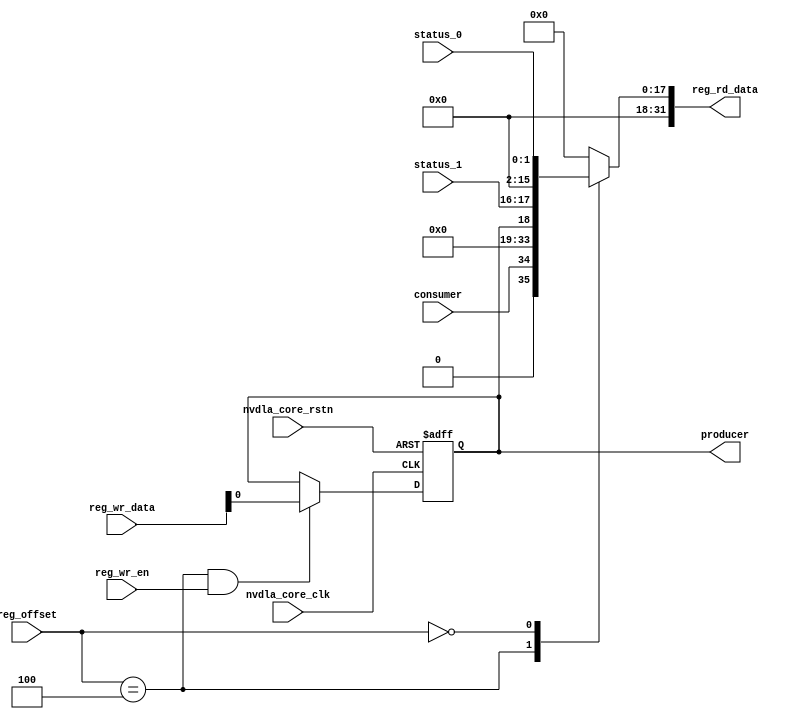
// ================================================================
// NVDLA Open Source Project
// 
// Copyright(c) 2016 - 2017 NVIDIA Corporation.  Licensed under the
// NVDLA Open Hardware License; Check "LICENSE" which comes with 
// this distribution for more information.
// ================================================================


module NV_NVDLA_PDP_RDMA_REG_single (
   reg_rd_data
  ,reg_offset
   // verilint 498 off
   // leda UNUSED_DEC off
  ,reg_wr_data
   // verilint 498 on
   // leda UNUSED_DEC on
  ,reg_wr_en
  ,nvdla_core_clk
  ,nvdla_core_rstn
  ,producer
  ,consumer
  ,status_0
  ,status_1
  );

wire   [31:0] nvdla_pdp_rdma_s_pointer_0_out;
wire   [31:0] nvdla_pdp_rdma_s_status_0_out;
wire   [11:0] reg_offset_rd_int;
wire   [31:0] reg_offset_wr;
// Register control interface
output [31:0] reg_rd_data;
input [11:0]  reg_offset;
input [31:0]  reg_wr_data;  //(UNUSED_DEC)
input         reg_wr_en;
input         nvdla_core_clk;
input         nvdla_core_rstn;


// Writable register flop/trigger outputs
output        producer;

// Read-only register inputs
input         consumer;
input [1:0]   status_0;
input [1:0]   status_1;

// wr_mask register inputs

// rstn register inputs

// leda FM_2_23 off
reg           arreggen_abort_on_invalid_wr;
reg           arreggen_abort_on_rowr;
reg           arreggen_dump;
// leda FM_2_23 on
reg           producer;
reg    [31:0] reg_rd_data;

assign reg_offset_wr = {20'b0 , reg_offset};
// SCR signals

// Address decode
wire nvdla_pdp_rdma_s_pointer_0_wren = (reg_offset_wr == (32'hc004  & 32'h00000fff)) & reg_wr_en ;  //spyglass disable UnloadedNet-ML //(W528)
wire nvdla_pdp_rdma_s_status_0_wren = (reg_offset_wr == (32'hc000  & 32'h00000fff)) & reg_wr_en ;  //spyglass disable UnloadedNet-ML //(W528)

assign nvdla_pdp_rdma_s_pointer_0_out[31:0] = { 15'b0, consumer, 15'b0, producer };
assign nvdla_pdp_rdma_s_status_0_out[31:0] = { 14'b0, status_1, 14'b0, status_0 };

assign reg_offset_rd_int = reg_offset;
// Output mux
//spyglass disable_block W338, W263 
always @(
  reg_offset_rd_int
  or nvdla_pdp_rdma_s_pointer_0_out
  or nvdla_pdp_rdma_s_status_0_out
  ) begin
  case (reg_offset_rd_int)
     (32'hc004  & 32'h00000fff): begin 
                            reg_rd_data =  nvdla_pdp_rdma_s_pointer_0_out ;
                            end 
     (32'hc000  & 32'h00000fff): begin 
                            reg_rd_data =  nvdla_pdp_rdma_s_status_0_out ;
                            end 
    default: reg_rd_data = {32{1'b0}};
  endcase
end

//spyglass enable_block W338, W263

// spyglass disable_block STARC-2.10.1.6, NoConstWithXZ, W443

// Register flop declarations
always @(posedge nvdla_core_clk or negedge nvdla_core_rstn) begin
  if (!nvdla_core_rstn) begin
    producer <= 1'b0;
  end else begin
  // Not generating flops for read-only field NVDLA_PDP_RDMA_S_POINTER_0::consumer

  // Register: NVDLA_PDP_RDMA_S_POINTER_0    Field: producer
  if (nvdla_pdp_rdma_s_pointer_0_wren) begin
    producer <= reg_wr_data[0];
  end

  // Not generating flops for read-only field NVDLA_PDP_RDMA_S_STATUS_0::status_0

  // Not generating flops for read-only field NVDLA_PDP_RDMA_S_STATUS_0::status_1

  end
end
// spyglass enable_block STARC-2.10.1.6, NoConstWithXZ, W443

// synopsys translate_off
// VCS coverage off
initial begin
  arreggen_dump                  = $test$plusargs("arreggen_dump_wr");
  arreggen_abort_on_rowr         = $test$plusargs("arreggen_abort_on_rowr");
  arreggen_abort_on_invalid_wr   = $test$plusargs("arreggen_abort_on_invalid_wr");
  $timeformat(-9, 2, "ns", 15);
end

always @(posedge nvdla_core_clk) begin
  if (reg_wr_en) begin
    case(reg_offset)
      (32'hc004  & 32'h00000fff): if (arreggen_dump) $display("%t:%m: reg wr: NVDLA_PDP_RDMA_S_POINTER_0 = 0x%h (old value: 0x%h, 0x%b))", $time, reg_wr_data, nvdla_pdp_rdma_s_pointer_0_out, nvdla_pdp_rdma_s_pointer_0_out);
      (32'hc000  & 32'h00000fff): begin
          if (arreggen_dump) $display("%t:%m: read-only reg wr: NVDLA_PDP_RDMA_S_STATUS_0 = 0x%h", $time, reg_wr_data);
          if (arreggen_abort_on_rowr) begin $display("ERROR: write to read-only register!"); $finish; end
        end
      default: begin
          if (arreggen_dump) $display("%t:%m: reg wr: Unknown register (0x%h) = 0x%h", $time, reg_offset, reg_wr_data);
          if (arreggen_abort_on_invalid_wr) begin $display("ERROR: write to undefined register!"); $finish; end
        end
    endcase
  end
end

// VCS coverage on
// synopsys translate_on

endmodule // NV_NVDLA_PDP_RDMA_REG_single